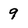
Character: 9